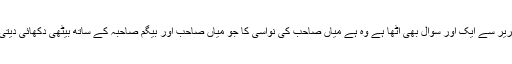
اس تقریر سے ایک اور سوال بھی اٹھا ہے وہ ہے میاں صاحب کی نواسی کا جو میاں صاحب اور بیگم صاحبہ کے ساتھ بیٹھی دکھائی دیتی ہے؟